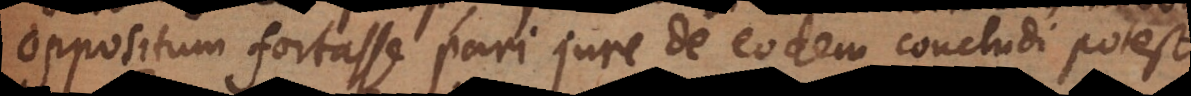
oppositum fortasse pari jure de eodem concludi potest.